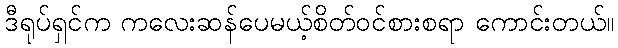
ဒီရုပ်ရှင်က ကလေးဆန်ပေမယ့်စိတ်ဝင်စားစရာ ကောင်းတယ်။